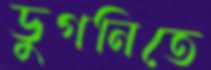
ডুগনিতে